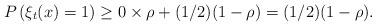
LaTeX: \begin{align*} P \,(\xi_t (x) = 1) \geq 0 \times \rho + (1/2)(1 - \rho) = (1/2)(1 - \rho).\end{align*}